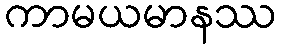
ကာမယမာနဿ